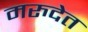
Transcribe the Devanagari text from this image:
मरुदेत